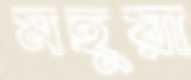
মহুয়া